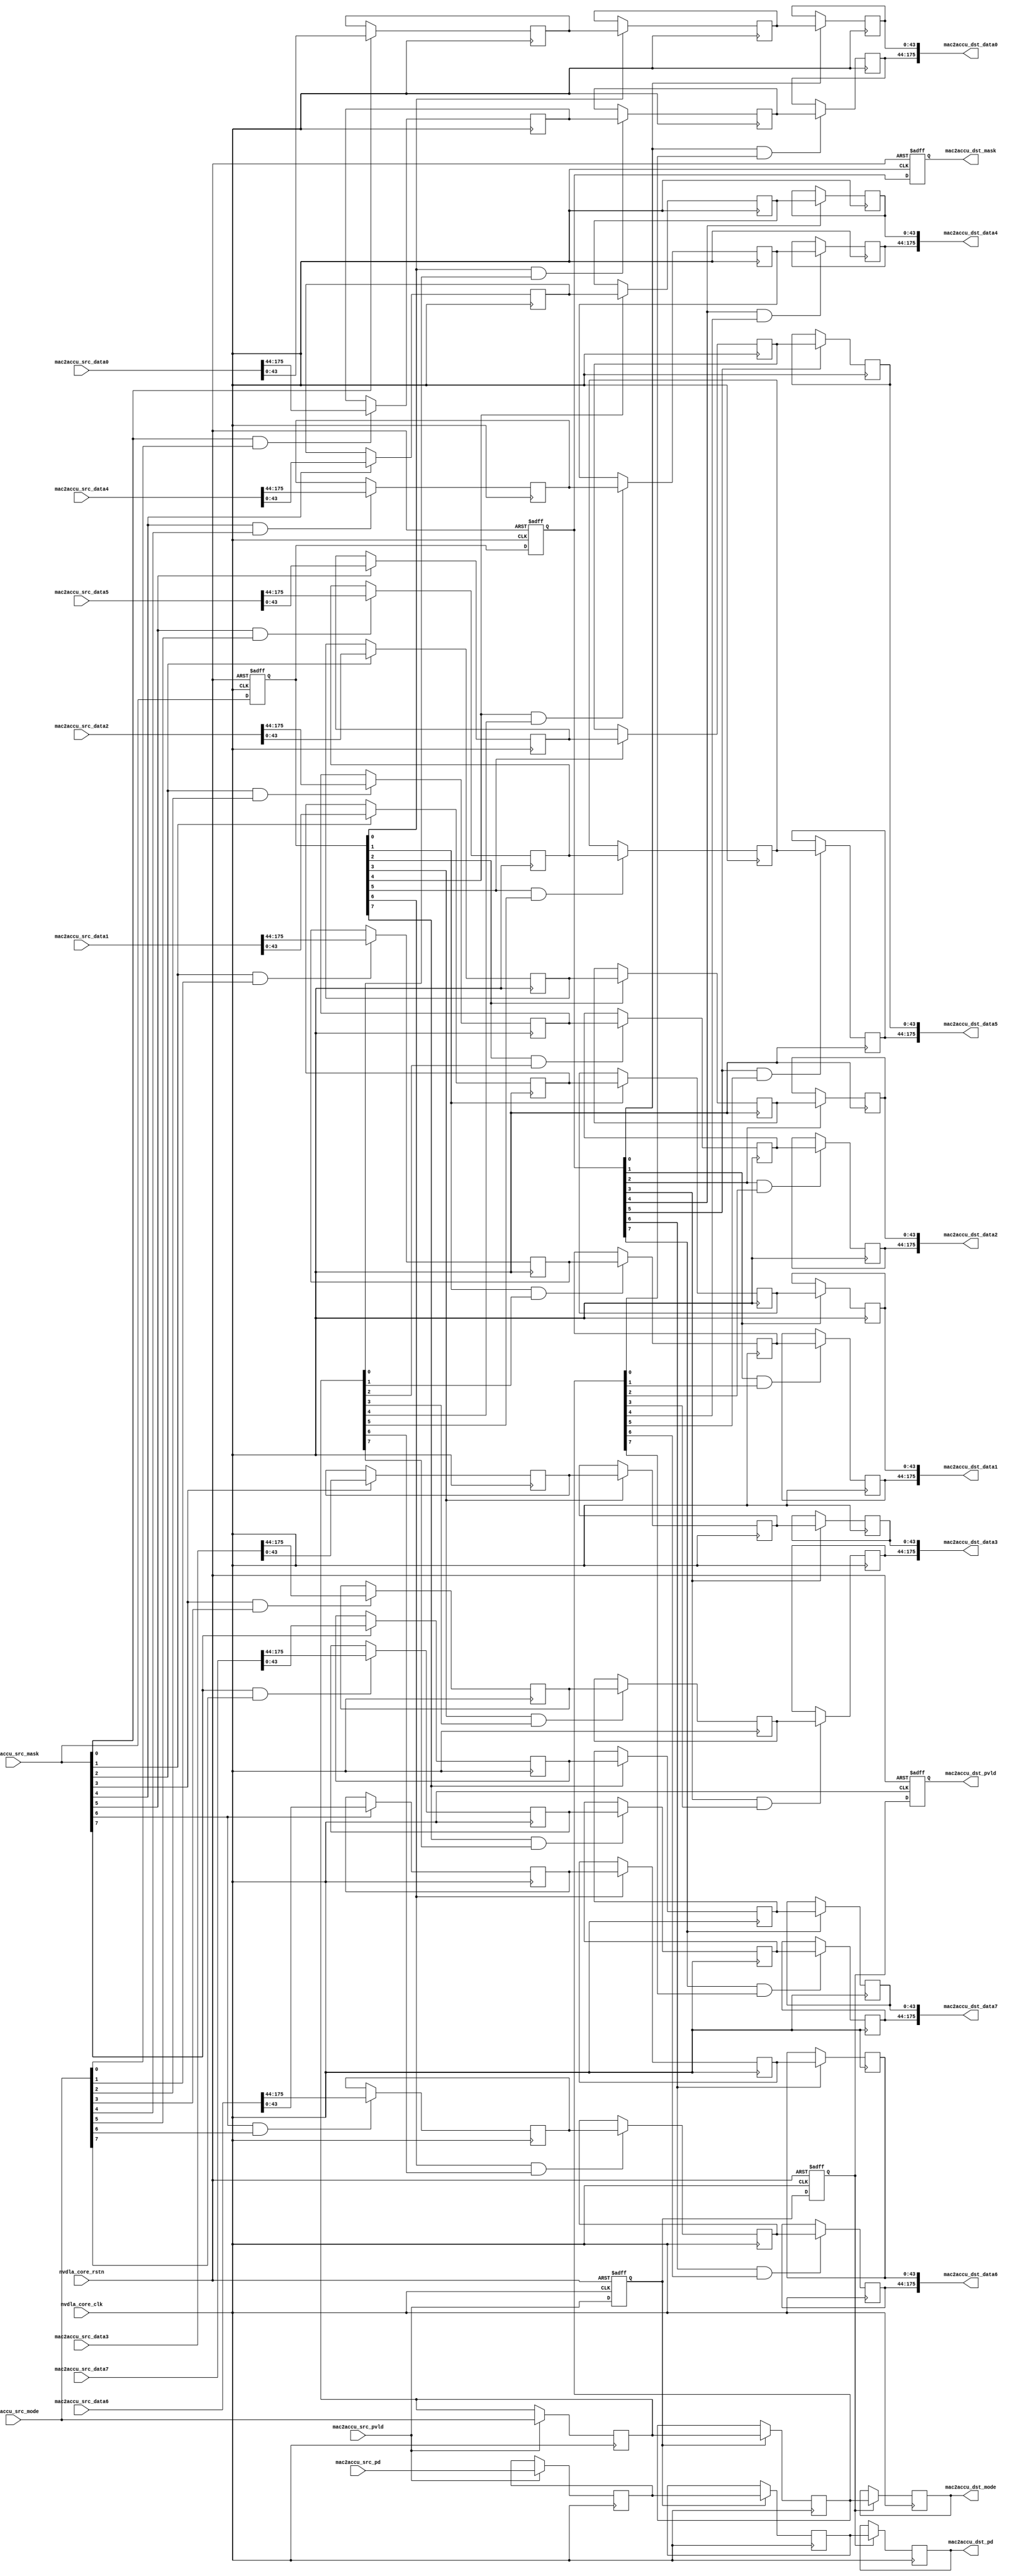
// ================================================================
// NVDLA Open Source Project
// 
// Copyright(c) 2016 - 2017 NVIDIA Corporation.  Licensed under the
// NVDLA Open Hardware License; Check "LICENSE" which comes with 
// this distribution for more information.
// ================================================================


module NV_NVDLA_RT_cmac_b2cacc (
   nvdla_core_clk
  ,nvdla_core_rstn
  ,mac2accu_src_pvld
  ,mac2accu_src_mask
  ,mac2accu_src_mode
  ,mac2accu_src_data0
  ,mac2accu_src_data1
  ,mac2accu_src_data2
  ,mac2accu_src_data3
  ,mac2accu_src_data4
  ,mac2accu_src_data5
  ,mac2accu_src_data6
  ,mac2accu_src_data7
  ,mac2accu_src_pd
  ,mac2accu_dst_pvld
  ,mac2accu_dst_mask
  ,mac2accu_dst_mode
  ,mac2accu_dst_data0
  ,mac2accu_dst_data1
  ,mac2accu_dst_data2
  ,mac2accu_dst_data3
  ,mac2accu_dst_data4
  ,mac2accu_dst_data5
  ,mac2accu_dst_data6
  ,mac2accu_dst_data7
  ,mac2accu_dst_pd
  );

//
// NV_NVDLA_RT_cmac2cacc_ports.v
// DO NOT EDIT, generated by ness version 2.0, backend=verilog
//
// Command: /home/ip/shared/inf/ness/2.0/38823533/bin/run_ispec_backend verilog nvdla_all.nessdb defs.touch-verilog -backend_opt '--nogenerate_io_capture' -backend_opt '--generate_ports'
input  nvdla_core_clk;
input  nvdla_core_rstn;

//<-- mac2accu_src clk=nvdla_core_clk flow=req_only req=mac2accu_src_pvld ctype=nvdla_mac2accu_if_t c_hdr=nvdla_mac2accu_if_iface.h
input         mac2accu_src_pvld;   /* data valid */
input   [7:0] mac2accu_src_mask;
input   [7:0] mac2accu_src_mode;
input [175:0] mac2accu_src_data0;
input [175:0] mac2accu_src_data1;
input [175:0] mac2accu_src_data2;
input [175:0] mac2accu_src_data3;
input [175:0] mac2accu_src_data4;
input [175:0] mac2accu_src_data5;
input [175:0] mac2accu_src_data6;
input [175:0] mac2accu_src_data7;
input   [8:0] mac2accu_src_pd;

output         mac2accu_dst_pvld;   /* data valid */
output   [7:0] mac2accu_dst_mask;
output   [7:0] mac2accu_dst_mode;
output [175:0] mac2accu_dst_data0;
output [175:0] mac2accu_dst_data1;
output [175:0] mac2accu_dst_data2;
output [175:0] mac2accu_dst_data3;
output [175:0] mac2accu_dst_data4;
output [175:0] mac2accu_dst_data5;
output [175:0] mac2accu_dst_data6;
output [175:0] mac2accu_dst_data7;
output   [8:0] mac2accu_dst_pd;

wire [175:0] mac2accu_data0_d0;
wire [175:0] mac2accu_data1_d0;
wire [175:0] mac2accu_data2_d0;
wire [175:0] mac2accu_data3_d0;
wire [175:0] mac2accu_data4_d0;
wire [175:0] mac2accu_data5_d0;
wire [175:0] mac2accu_data6_d0;
wire [175:0] mac2accu_data7_d0;
wire   [7:0] mac2accu_mask_d0;
wire   [7:0] mac2accu_mode_d0;
wire   [8:0] mac2accu_pd_d0;
wire         mac2accu_pvld_d0;
reg  [175:0] mac2accu_data0_d1;
reg  [175:0] mac2accu_data0_d2;
reg  [175:0] mac2accu_data0_d3;
reg  [175:0] mac2accu_data1_d1;
reg  [175:0] mac2accu_data1_d2;
reg  [175:0] mac2accu_data1_d3;
reg  [175:0] mac2accu_data2_d1;
reg  [175:0] mac2accu_data2_d2;
reg  [175:0] mac2accu_data2_d3;
reg  [175:0] mac2accu_data3_d1;
reg  [175:0] mac2accu_data3_d2;
reg  [175:0] mac2accu_data3_d3;
reg  [175:0] mac2accu_data4_d1;
reg  [175:0] mac2accu_data4_d2;
reg  [175:0] mac2accu_data4_d3;
reg  [175:0] mac2accu_data5_d1;
reg  [175:0] mac2accu_data5_d2;
reg  [175:0] mac2accu_data5_d3;
reg  [175:0] mac2accu_data6_d1;
reg  [175:0] mac2accu_data6_d2;
reg  [175:0] mac2accu_data6_d3;
reg  [175:0] mac2accu_data7_d1;
reg  [175:0] mac2accu_data7_d2;
reg  [175:0] mac2accu_data7_d3;
reg    [7:0] mac2accu_mask_d1;
reg    [7:0] mac2accu_mask_d2;
reg    [7:0] mac2accu_mask_d3;
reg    [7:0] mac2accu_mode_d1;
reg    [7:0] mac2accu_mode_d2;
reg    [7:0] mac2accu_mode_d3;
reg    [8:0] mac2accu_pd_d1;
reg    [8:0] mac2accu_pd_d2;
reg    [8:0] mac2accu_pd_d3;
reg          mac2accu_pvld_d1;
reg          mac2accu_pvld_d2;
reg          mac2accu_pvld_d3;


assign mac2accu_pvld_d0 = mac2accu_src_pvld;
assign mac2accu_pd_d0 = mac2accu_src_pd;
assign mac2accu_mask_d0 = mac2accu_src_mask;
assign mac2accu_mode_d0 = mac2accu_src_mode;
assign mac2accu_data0_d0 = mac2accu_src_data0;
assign mac2accu_data1_d0 = mac2accu_src_data1;
assign mac2accu_data2_d0 = mac2accu_src_data2;
assign mac2accu_data3_d0 = mac2accu_src_data3;
assign mac2accu_data4_d0 = mac2accu_src_data4;
assign mac2accu_data5_d0 = mac2accu_src_data5;
assign mac2accu_data6_d0 = mac2accu_src_data6;
assign mac2accu_data7_d0 = mac2accu_src_data7;




always @(posedge nvdla_core_clk or negedge nvdla_core_rstn) begin
  if (!nvdla_core_rstn) begin
    mac2accu_pvld_d1 <= 1'b0;
  end else begin
  mac2accu_pvld_d1 <= mac2accu_pvld_d0;
  end
end
always @(posedge nvdla_core_clk) begin
  if ((mac2accu_pvld_d0) == 1'b1) begin
    mac2accu_pd_d1 <= mac2accu_pd_d0;
  // VCS coverage off
  end else if ((mac2accu_pvld_d0) == 1'b0) begin
  end else begin
    mac2accu_pd_d1 <= 'bx;  // spyglass disable STARC-2.10.1.6 W443 NoWidthInBasedNum-ML -- (Constant containing x or z used, Based number `bx contains an X, Width specification missing for based number)
  // VCS coverage on
  end
end
always @(posedge nvdla_core_clk) begin
  if ((mac2accu_pvld_d0) == 1'b1) begin
    mac2accu_mode_d1 <= mac2accu_mode_d0;
  // VCS coverage off
  end else if ((mac2accu_pvld_d0) == 1'b0) begin
  end else begin
    mac2accu_mode_d1 <= 'bx;  // spyglass disable STARC-2.10.1.6 W443 NoWidthInBasedNum-ML -- (Constant containing x or z used, Based number `bx contains an X, Width specification missing for based number)
  // VCS coverage on
  end
end
always @(posedge nvdla_core_clk or negedge nvdla_core_rstn) begin
  if (!nvdla_core_rstn) begin
    mac2accu_mask_d1 <= {8{1'b0}};
  end else begin
  mac2accu_mask_d1 <= mac2accu_mask_d0;
  end
end
always @(posedge nvdla_core_clk) begin
  if ((mac2accu_mask_d0[0]) == 1'b1) begin
    mac2accu_data0_d1[43:0] <= mac2accu_data0_d0[43:0];
  // VCS coverage off
  end else if ((mac2accu_mask_d0[0]) == 1'b0) begin
  end else begin
    mac2accu_data0_d1[43:0] <= 'bx;  // spyglass disable STARC-2.10.1.6 W443 NoWidthInBasedNum-ML -- (Constant containing x or z used, Based number `bx contains an X, Width specification missing for based number)
  // VCS coverage on
  end
end
always @(posedge nvdla_core_clk) begin
  if ((mac2accu_mask_d0[0] & mac2accu_mode_d0[0]) == 1'b1) begin
    mac2accu_data0_d1[175:44] <= mac2accu_data0_d0[175:44];
  // VCS coverage off
  end else if ((mac2accu_mask_d0[0] & mac2accu_mode_d0[0]) == 1'b0) begin
  end else begin
    mac2accu_data0_d1[175:44] <= 'bx;  // spyglass disable STARC-2.10.1.6 W443 NoWidthInBasedNum-ML -- (Constant containing x or z used, Based number `bx contains an X, Width specification missing for based number)
  // VCS coverage on
  end
end
always @(posedge nvdla_core_clk) begin
  if ((mac2accu_mask_d0[1]) == 1'b1) begin
    mac2accu_data1_d1[43:0] <= mac2accu_data1_d0[43:0];
  // VCS coverage off
  end else if ((mac2accu_mask_d0[1]) == 1'b0) begin
  end else begin
    mac2accu_data1_d1[43:0] <= 'bx;  // spyglass disable STARC-2.10.1.6 W443 NoWidthInBasedNum-ML -- (Constant containing x or z used, Based number `bx contains an X, Width specification missing for based number)
  // VCS coverage on
  end
end
always @(posedge nvdla_core_clk) begin
  if ((mac2accu_mask_d0[1] & mac2accu_mode_d0[1]) == 1'b1) begin
    mac2accu_data1_d1[175:44] <= mac2accu_data1_d0[175:44];
  // VCS coverage off
  end else if ((mac2accu_mask_d0[1] & mac2accu_mode_d0[1]) == 1'b0) begin
  end else begin
    mac2accu_data1_d1[175:44] <= 'bx;  // spyglass disable STARC-2.10.1.6 W443 NoWidthInBasedNum-ML -- (Constant containing x or z used, Based number `bx contains an X, Width specification missing for based number)
  // VCS coverage on
  end
end
always @(posedge nvdla_core_clk) begin
  if ((mac2accu_mask_d0[2]) == 1'b1) begin
    mac2accu_data2_d1[43:0] <= mac2accu_data2_d0[43:0];
  // VCS coverage off
  end else if ((mac2accu_mask_d0[2]) == 1'b0) begin
  end else begin
    mac2accu_data2_d1[43:0] <= 'bx;  // spyglass disable STARC-2.10.1.6 W443 NoWidthInBasedNum-ML -- (Constant containing x or z used, Based number `bx contains an X, Width specification missing for based number)
  // VCS coverage on
  end
end
always @(posedge nvdla_core_clk) begin
  if ((mac2accu_mask_d0[2] & mac2accu_mode_d0[2]) == 1'b1) begin
    mac2accu_data2_d1[175:44] <= mac2accu_data2_d0[175:44];
  // VCS coverage off
  end else if ((mac2accu_mask_d0[2] & mac2accu_mode_d0[2]) == 1'b0) begin
  end else begin
    mac2accu_data2_d1[175:44] <= 'bx;  // spyglass disable STARC-2.10.1.6 W443 NoWidthInBasedNum-ML -- (Constant containing x or z used, Based number `bx contains an X, Width specification missing for based number)
  // VCS coverage on
  end
end
always @(posedge nvdla_core_clk) begin
  if ((mac2accu_mask_d0[3]) == 1'b1) begin
    mac2accu_data3_d1[43:0] <= mac2accu_data3_d0[43:0];
  // VCS coverage off
  end else if ((mac2accu_mask_d0[3]) == 1'b0) begin
  end else begin
    mac2accu_data3_d1[43:0] <= 'bx;  // spyglass disable STARC-2.10.1.6 W443 NoWidthInBasedNum-ML -- (Constant containing x or z used, Based number `bx contains an X, Width specification missing for based number)
  // VCS coverage on
  end
end
always @(posedge nvdla_core_clk) begin
  if ((mac2accu_mask_d0[3] & mac2accu_mode_d0[3]) == 1'b1) begin
    mac2accu_data3_d1[175:44] <= mac2accu_data3_d0[175:44];
  // VCS coverage off
  end else if ((mac2accu_mask_d0[3] & mac2accu_mode_d0[3]) == 1'b0) begin
  end else begin
    mac2accu_data3_d1[175:44] <= 'bx;  // spyglass disable STARC-2.10.1.6 W443 NoWidthInBasedNum-ML -- (Constant containing x or z used, Based number `bx contains an X, Width specification missing for based number)
  // VCS coverage on
  end
end
always @(posedge nvdla_core_clk) begin
  if ((mac2accu_mask_d0[4]) == 1'b1) begin
    mac2accu_data4_d1[43:0] <= mac2accu_data4_d0[43:0];
  // VCS coverage off
  end else if ((mac2accu_mask_d0[4]) == 1'b0) begin
  end else begin
    mac2accu_data4_d1[43:0] <= 'bx;  // spyglass disable STARC-2.10.1.6 W443 NoWidthInBasedNum-ML -- (Constant containing x or z used, Based number `bx contains an X, Width specification missing for based number)
  // VCS coverage on
  end
end
always @(posedge nvdla_core_clk) begin
  if ((mac2accu_mask_d0[4] & mac2accu_mode_d0[4]) == 1'b1) begin
    mac2accu_data4_d1[175:44] <= mac2accu_data4_d0[175:44];
  // VCS coverage off
  end else if ((mac2accu_mask_d0[4] & mac2accu_mode_d0[4]) == 1'b0) begin
  end else begin
    mac2accu_data4_d1[175:44] <= 'bx;  // spyglass disable STARC-2.10.1.6 W443 NoWidthInBasedNum-ML -- (Constant containing x or z used, Based number `bx contains an X, Width specification missing for based number)
  // VCS coverage on
  end
end
always @(posedge nvdla_core_clk) begin
  if ((mac2accu_mask_d0[5]) == 1'b1) begin
    mac2accu_data5_d1[43:0] <= mac2accu_data5_d0[43:0];
  // VCS coverage off
  end else if ((mac2accu_mask_d0[5]) == 1'b0) begin
  end else begin
    mac2accu_data5_d1[43:0] <= 'bx;  // spyglass disable STARC-2.10.1.6 W443 NoWidthInBasedNum-ML -- (Constant containing x or z used, Based number `bx contains an X, Width specification missing for based number)
  // VCS coverage on
  end
end
always @(posedge nvdla_core_clk) begin
  if ((mac2accu_mask_d0[5] & mac2accu_mode_d0[5]) == 1'b1) begin
    mac2accu_data5_d1[175:44] <= mac2accu_data5_d0[175:44];
  // VCS coverage off
  end else if ((mac2accu_mask_d0[5] & mac2accu_mode_d0[5]) == 1'b0) begin
  end else begin
    mac2accu_data5_d1[175:44] <= 'bx;  // spyglass disable STARC-2.10.1.6 W443 NoWidthInBasedNum-ML -- (Constant containing x or z used, Based number `bx contains an X, Width specification missing for based number)
  // VCS coverage on
  end
end
always @(posedge nvdla_core_clk) begin
  if ((mac2accu_mask_d0[6]) == 1'b1) begin
    mac2accu_data6_d1[43:0] <= mac2accu_data6_d0[43:0];
  // VCS coverage off
  end else if ((mac2accu_mask_d0[6]) == 1'b0) begin
  end else begin
    mac2accu_data6_d1[43:0] <= 'bx;  // spyglass disable STARC-2.10.1.6 W443 NoWidthInBasedNum-ML -- (Constant containing x or z used, Based number `bx contains an X, Width specification missing for based number)
  // VCS coverage on
  end
end
always @(posedge nvdla_core_clk) begin
  if ((mac2accu_mask_d0[6] & mac2accu_mode_d0[6]) == 1'b1) begin
    mac2accu_data6_d1[175:44] <= mac2accu_data6_d0[175:44];
  // VCS coverage off
  end else if ((mac2accu_mask_d0[6] & mac2accu_mode_d0[6]) == 1'b0) begin
  end else begin
    mac2accu_data6_d1[175:44] <= 'bx;  // spyglass disable STARC-2.10.1.6 W443 NoWidthInBasedNum-ML -- (Constant containing x or z used, Based number `bx contains an X, Width specification missing for based number)
  // VCS coverage on
  end
end
always @(posedge nvdla_core_clk) begin
  if ((mac2accu_mask_d0[7]) == 1'b1) begin
    mac2accu_data7_d1[43:0] <= mac2accu_data7_d0[43:0];
  // VCS coverage off
  end else if ((mac2accu_mask_d0[7]) == 1'b0) begin
  end else begin
    mac2accu_data7_d1[43:0] <= 'bx;  // spyglass disable STARC-2.10.1.6 W443 NoWidthInBasedNum-ML -- (Constant containing x or z used, Based number `bx contains an X, Width specification missing for based number)
  // VCS coverage on
  end
end
always @(posedge nvdla_core_clk) begin
  if ((mac2accu_mask_d0[7] & mac2accu_mode_d0[7]) == 1'b1) begin
    mac2accu_data7_d1[175:44] <= mac2accu_data7_d0[175:44];
  // VCS coverage off
  end else if ((mac2accu_mask_d0[7] & mac2accu_mode_d0[7]) == 1'b0) begin
  end else begin
    mac2accu_data7_d1[175:44] <= 'bx;  // spyglass disable STARC-2.10.1.6 W443 NoWidthInBasedNum-ML -- (Constant containing x or z used, Based number `bx contains an X, Width specification missing for based number)
  // VCS coverage on
  end
end


always @(posedge nvdla_core_clk or negedge nvdla_core_rstn) begin
  if (!nvdla_core_rstn) begin
    mac2accu_pvld_d2 <= 1'b0;
  end else begin
  mac2accu_pvld_d2 <= mac2accu_pvld_d1;
  end
end
always @(posedge nvdla_core_clk) begin
  if ((mac2accu_pvld_d1) == 1'b1) begin
    mac2accu_pd_d2 <= mac2accu_pd_d1;
  // VCS coverage off
  end else if ((mac2accu_pvld_d1) == 1'b0) begin
  end else begin
    mac2accu_pd_d2 <= 'bx;  // spyglass disable STARC-2.10.1.6 W443 NoWidthInBasedNum-ML -- (Constant containing x or z used, Based number `bx contains an X, Width specification missing for based number)
  // VCS coverage on
  end
end
always @(posedge nvdla_core_clk) begin
  if ((mac2accu_pvld_d1) == 1'b1) begin
    mac2accu_mode_d2 <= mac2accu_mode_d1;
  // VCS coverage off
  end else if ((mac2accu_pvld_d1) == 1'b0) begin
  end else begin
    mac2accu_mode_d2 <= 'bx;  // spyglass disable STARC-2.10.1.6 W443 NoWidthInBasedNum-ML -- (Constant containing x or z used, Based number `bx contains an X, Width specification missing for based number)
  // VCS coverage on
  end
end
always @(posedge nvdla_core_clk or negedge nvdla_core_rstn) begin
  if (!nvdla_core_rstn) begin
    mac2accu_mask_d2 <= {8{1'b0}};
  end else begin
  mac2accu_mask_d2 <= mac2accu_mask_d1;
  end
end
always @(posedge nvdla_core_clk) begin
  if ((mac2accu_mask_d1[0]) == 1'b1) begin
    mac2accu_data0_d2[43:0] <= mac2accu_data0_d1[43:0];
  // VCS coverage off
  end else if ((mac2accu_mask_d1[0]) == 1'b0) begin
  end else begin
    mac2accu_data0_d2[43:0] <= 'bx;  // spyglass disable STARC-2.10.1.6 W443 NoWidthInBasedNum-ML -- (Constant containing x or z used, Based number `bx contains an X, Width specification missing for based number)
  // VCS coverage on
  end
end
always @(posedge nvdla_core_clk) begin
  if ((mac2accu_mask_d1[0] & mac2accu_mode_d1[0]) == 1'b1) begin
    mac2accu_data0_d2[175:44] <= mac2accu_data0_d1[175:44];
  // VCS coverage off
  end else if ((mac2accu_mask_d1[0] & mac2accu_mode_d1[0]) == 1'b0) begin
  end else begin
    mac2accu_data0_d2[175:44] <= 'bx;  // spyglass disable STARC-2.10.1.6 W443 NoWidthInBasedNum-ML -- (Constant containing x or z used, Based number `bx contains an X, Width specification missing for based number)
  // VCS coverage on
  end
end
always @(posedge nvdla_core_clk) begin
  if ((mac2accu_mask_d1[1]) == 1'b1) begin
    mac2accu_data1_d2[43:0] <= mac2accu_data1_d1[43:0];
  // VCS coverage off
  end else if ((mac2accu_mask_d1[1]) == 1'b0) begin
  end else begin
    mac2accu_data1_d2[43:0] <= 'bx;  // spyglass disable STARC-2.10.1.6 W443 NoWidthInBasedNum-ML -- (Constant containing x or z used, Based number `bx contains an X, Width specification missing for based number)
  // VCS coverage on
  end
end
always @(posedge nvdla_core_clk) begin
  if ((mac2accu_mask_d1[1] & mac2accu_mode_d1[1]) == 1'b1) begin
    mac2accu_data1_d2[175:44] <= mac2accu_data1_d1[175:44];
  // VCS coverage off
  end else if ((mac2accu_mask_d1[1] & mac2accu_mode_d1[1]) == 1'b0) begin
  end else begin
    mac2accu_data1_d2[175:44] <= 'bx;  // spyglass disable STARC-2.10.1.6 W443 NoWidthInBasedNum-ML -- (Constant containing x or z used, Based number `bx contains an X, Width specification missing for based number)
  // VCS coverage on
  end
end
always @(posedge nvdla_core_clk) begin
  if ((mac2accu_mask_d1[2]) == 1'b1) begin
    mac2accu_data2_d2[43:0] <= mac2accu_data2_d1[43:0];
  // VCS coverage off
  end else if ((mac2accu_mask_d1[2]) == 1'b0) begin
  end else begin
    mac2accu_data2_d2[43:0] <= 'bx;  // spyglass disable STARC-2.10.1.6 W443 NoWidthInBasedNum-ML -- (Constant containing x or z used, Based number `bx contains an X, Width specification missing for based number)
  // VCS coverage on
  end
end
always @(posedge nvdla_core_clk) begin
  if ((mac2accu_mask_d1[2] & mac2accu_mode_d1[2]) == 1'b1) begin
    mac2accu_data2_d2[175:44] <= mac2accu_data2_d1[175:44];
  // VCS coverage off
  end else if ((mac2accu_mask_d1[2] & mac2accu_mode_d1[2]) == 1'b0) begin
  end else begin
    mac2accu_data2_d2[175:44] <= 'bx;  // spyglass disable STARC-2.10.1.6 W443 NoWidthInBasedNum-ML -- (Constant containing x or z used, Based number `bx contains an X, Width specification missing for based number)
  // VCS coverage on
  end
end
always @(posedge nvdla_core_clk) begin
  if ((mac2accu_mask_d1[3]) == 1'b1) begin
    mac2accu_data3_d2[43:0] <= mac2accu_data3_d1[43:0];
  // VCS coverage off
  end else if ((mac2accu_mask_d1[3]) == 1'b0) begin
  end else begin
    mac2accu_data3_d2[43:0] <= 'bx;  // spyglass disable STARC-2.10.1.6 W443 NoWidthInBasedNum-ML -- (Constant containing x or z used, Based number `bx contains an X, Width specification missing for based number)
  // VCS coverage on
  end
end
always @(posedge nvdla_core_clk) begin
  if ((mac2accu_mask_d1[3] & mac2accu_mode_d1[3]) == 1'b1) begin
    mac2accu_data3_d2[175:44] <= mac2accu_data3_d1[175:44];
  // VCS coverage off
  end else if ((mac2accu_mask_d1[3] & mac2accu_mode_d1[3]) == 1'b0) begin
  end else begin
    mac2accu_data3_d2[175:44] <= 'bx;  // spyglass disable STARC-2.10.1.6 W443 NoWidthInBasedNum-ML -- (Constant containing x or z used, Based number `bx contains an X, Width specification missing for based number)
  // VCS coverage on
  end
end
always @(posedge nvdla_core_clk) begin
  if ((mac2accu_mask_d1[4]) == 1'b1) begin
    mac2accu_data4_d2[43:0] <= mac2accu_data4_d1[43:0];
  // VCS coverage off
  end else if ((mac2accu_mask_d1[4]) == 1'b0) begin
  end else begin
    mac2accu_data4_d2[43:0] <= 'bx;  // spyglass disable STARC-2.10.1.6 W443 NoWidthInBasedNum-ML -- (Constant containing x or z used, Based number `bx contains an X, Width specification missing for based number)
  // VCS coverage on
  end
end
always @(posedge nvdla_core_clk) begin
  if ((mac2accu_mask_d1[4] & mac2accu_mode_d1[4]) == 1'b1) begin
    mac2accu_data4_d2[175:44] <= mac2accu_data4_d1[175:44];
  // VCS coverage off
  end else if ((mac2accu_mask_d1[4] & mac2accu_mode_d1[4]) == 1'b0) begin
  end else begin
    mac2accu_data4_d2[175:44] <= 'bx;  // spyglass disable STARC-2.10.1.6 W443 NoWidthInBasedNum-ML -- (Constant containing x or z used, Based number `bx contains an X, Width specification missing for based number)
  // VCS coverage on
  end
end
always @(posedge nvdla_core_clk) begin
  if ((mac2accu_mask_d1[5]) == 1'b1) begin
    mac2accu_data5_d2[43:0] <= mac2accu_data5_d1[43:0];
  // VCS coverage off
  end else if ((mac2accu_mask_d1[5]) == 1'b0) begin
  end else begin
    mac2accu_data5_d2[43:0] <= 'bx;  // spyglass disable STARC-2.10.1.6 W443 NoWidthInBasedNum-ML -- (Constant containing x or z used, Based number `bx contains an X, Width specification missing for based number)
  // VCS coverage on
  end
end
always @(posedge nvdla_core_clk) begin
  if ((mac2accu_mask_d1[5] & mac2accu_mode_d1[5]) == 1'b1) begin
    mac2accu_data5_d2[175:44] <= mac2accu_data5_d1[175:44];
  // VCS coverage off
  end else if ((mac2accu_mask_d1[5] & mac2accu_mode_d1[5]) == 1'b0) begin
  end else begin
    mac2accu_data5_d2[175:44] <= 'bx;  // spyglass disable STARC-2.10.1.6 W443 NoWidthInBasedNum-ML -- (Constant containing x or z used, Based number `bx contains an X, Width specification missing for based number)
  // VCS coverage on
  end
end
always @(posedge nvdla_core_clk) begin
  if ((mac2accu_mask_d1[6]) == 1'b1) begin
    mac2accu_data6_d2[43:0] <= mac2accu_data6_d1[43:0];
  // VCS coverage off
  end else if ((mac2accu_mask_d1[6]) == 1'b0) begin
  end else begin
    mac2accu_data6_d2[43:0] <= 'bx;  // spyglass disable STARC-2.10.1.6 W443 NoWidthInBasedNum-ML -- (Constant containing x or z used, Based number `bx contains an X, Width specification missing for based number)
  // VCS coverage on
  end
end
always @(posedge nvdla_core_clk) begin
  if ((mac2accu_mask_d1[6] & mac2accu_mode_d1[6]) == 1'b1) begin
    mac2accu_data6_d2[175:44] <= mac2accu_data6_d1[175:44];
  // VCS coverage off
  end else if ((mac2accu_mask_d1[6] & mac2accu_mode_d1[6]) == 1'b0) begin
  end else begin
    mac2accu_data6_d2[175:44] <= 'bx;  // spyglass disable STARC-2.10.1.6 W443 NoWidthInBasedNum-ML -- (Constant containing x or z used, Based number `bx contains an X, Width specification missing for based number)
  // VCS coverage on
  end
end
always @(posedge nvdla_core_clk) begin
  if ((mac2accu_mask_d1[7]) == 1'b1) begin
    mac2accu_data7_d2[43:0] <= mac2accu_data7_d1[43:0];
  // VCS coverage off
  end else if ((mac2accu_mask_d1[7]) == 1'b0) begin
  end else begin
    mac2accu_data7_d2[43:0] <= 'bx;  // spyglass disable STARC-2.10.1.6 W443 NoWidthInBasedNum-ML -- (Constant containing x or z used, Based number `bx contains an X, Width specification missing for based number)
  // VCS coverage on
  end
end
always @(posedge nvdla_core_clk) begin
  if ((mac2accu_mask_d1[7] & mac2accu_mode_d1[7]) == 1'b1) begin
    mac2accu_data7_d2[175:44] <= mac2accu_data7_d1[175:44];
  // VCS coverage off
  end else if ((mac2accu_mask_d1[7] & mac2accu_mode_d1[7]) == 1'b0) begin
  end else begin
    mac2accu_data7_d2[175:44] <= 'bx;  // spyglass disable STARC-2.10.1.6 W443 NoWidthInBasedNum-ML -- (Constant containing x or z used, Based number `bx contains an X, Width specification missing for based number)
  // VCS coverage on
  end
end


always @(posedge nvdla_core_clk or negedge nvdla_core_rstn) begin
  if (!nvdla_core_rstn) begin
    mac2accu_pvld_d3 <= 1'b0;
  end else begin
  mac2accu_pvld_d3 <= mac2accu_pvld_d2;
  end
end
always @(posedge nvdla_core_clk) begin
  if ((mac2accu_pvld_d2) == 1'b1) begin
    mac2accu_pd_d3 <= mac2accu_pd_d2;
  // VCS coverage off
  end else if ((mac2accu_pvld_d2) == 1'b0) begin
  end else begin
    mac2accu_pd_d3 <= 'bx;  // spyglass disable STARC-2.10.1.6 W443 NoWidthInBasedNum-ML -- (Constant containing x or z used, Based number `bx contains an X, Width specification missing for based number)
  // VCS coverage on
  end
end
always @(posedge nvdla_core_clk) begin
  if ((mac2accu_pvld_d2) == 1'b1) begin
    mac2accu_mode_d3 <= mac2accu_mode_d2;
  // VCS coverage off
  end else if ((mac2accu_pvld_d2) == 1'b0) begin
  end else begin
    mac2accu_mode_d3 <= 'bx;  // spyglass disable STARC-2.10.1.6 W443 NoWidthInBasedNum-ML -- (Constant containing x or z used, Based number `bx contains an X, Width specification missing for based number)
  // VCS coverage on
  end
end
always @(posedge nvdla_core_clk or negedge nvdla_core_rstn) begin
  if (!nvdla_core_rstn) begin
    mac2accu_mask_d3 <= {8{1'b0}};
  end else begin
  mac2accu_mask_d3 <= mac2accu_mask_d2;
  end
end
always @(posedge nvdla_core_clk) begin
  if ((mac2accu_mask_d2[0]) == 1'b1) begin
    mac2accu_data0_d3[43:0] <= mac2accu_data0_d2[43:0];
  // VCS coverage off
  end else if ((mac2accu_mask_d2[0]) == 1'b0) begin
  end else begin
    mac2accu_data0_d3[43:0] <= 'bx;  // spyglass disable STARC-2.10.1.6 W443 NoWidthInBasedNum-ML -- (Constant containing x or z used, Based number `bx contains an X, Width specification missing for based number)
  // VCS coverage on
  end
end
always @(posedge nvdla_core_clk) begin
  if ((mac2accu_mask_d2[0] & mac2accu_mode_d2[0]) == 1'b1) begin
    mac2accu_data0_d3[175:44] <= mac2accu_data0_d2[175:44];
  // VCS coverage off
  end else if ((mac2accu_mask_d2[0] & mac2accu_mode_d2[0]) == 1'b0) begin
  end else begin
    mac2accu_data0_d3[175:44] <= 'bx;  // spyglass disable STARC-2.10.1.6 W443 NoWidthInBasedNum-ML -- (Constant containing x or z used, Based number `bx contains an X, Width specification missing for based number)
  // VCS coverage on
  end
end
always @(posedge nvdla_core_clk) begin
  if ((mac2accu_mask_d2[1]) == 1'b1) begin
    mac2accu_data1_d3[43:0] <= mac2accu_data1_d2[43:0];
  // VCS coverage off
  end else if ((mac2accu_mask_d2[1]) == 1'b0) begin
  end else begin
    mac2accu_data1_d3[43:0] <= 'bx;  // spyglass disable STARC-2.10.1.6 W443 NoWidthInBasedNum-ML -- (Constant containing x or z used, Based number `bx contains an X, Width specification missing for based number)
  // VCS coverage on
  end
end
always @(posedge nvdla_core_clk) begin
  if ((mac2accu_mask_d2[1] & mac2accu_mode_d2[1]) == 1'b1) begin
    mac2accu_data1_d3[175:44] <= mac2accu_data1_d2[175:44];
  // VCS coverage off
  end else if ((mac2accu_mask_d2[1] & mac2accu_mode_d2[1]) == 1'b0) begin
  end else begin
    mac2accu_data1_d3[175:44] <= 'bx;  // spyglass disable STARC-2.10.1.6 W443 NoWidthInBasedNum-ML -- (Constant containing x or z used, Based number `bx contains an X, Width specification missing for based number)
  // VCS coverage on
  end
end
always @(posedge nvdla_core_clk) begin
  if ((mac2accu_mask_d2[2]) == 1'b1) begin
    mac2accu_data2_d3[43:0] <= mac2accu_data2_d2[43:0];
  // VCS coverage off
  end else if ((mac2accu_mask_d2[2]) == 1'b0) begin
  end else begin
    mac2accu_data2_d3[43:0] <= 'bx;  // spyglass disable STARC-2.10.1.6 W443 NoWidthInBasedNum-ML -- (Constant containing x or z used, Based number `bx contains an X, Width specification missing for based number)
  // VCS coverage on
  end
end
always @(posedge nvdla_core_clk) begin
  if ((mac2accu_mask_d2[2] & mac2accu_mode_d2[2]) == 1'b1) begin
    mac2accu_data2_d3[175:44] <= mac2accu_data2_d2[175:44];
  // VCS coverage off
  end else if ((mac2accu_mask_d2[2] & mac2accu_mode_d2[2]) == 1'b0) begin
  end else begin
    mac2accu_data2_d3[175:44] <= 'bx;  // spyglass disable STARC-2.10.1.6 W443 NoWidthInBasedNum-ML -- (Constant containing x or z used, Based number `bx contains an X, Width specification missing for based number)
  // VCS coverage on
  end
end
always @(posedge nvdla_core_clk) begin
  if ((mac2accu_mask_d2[3]) == 1'b1) begin
    mac2accu_data3_d3[43:0] <= mac2accu_data3_d2[43:0];
  // VCS coverage off
  end else if ((mac2accu_mask_d2[3]) == 1'b0) begin
  end else begin
    mac2accu_data3_d3[43:0] <= 'bx;  // spyglass disable STARC-2.10.1.6 W443 NoWidthInBasedNum-ML -- (Constant containing x or z used, Based number `bx contains an X, Width specification missing for based number)
  // VCS coverage on
  end
end
always @(posedge nvdla_core_clk) begin
  if ((mac2accu_mask_d2[3] & mac2accu_mode_d2[3]) == 1'b1) begin
    mac2accu_data3_d3[175:44] <= mac2accu_data3_d2[175:44];
  // VCS coverage off
  end else if ((mac2accu_mask_d2[3] & mac2accu_mode_d2[3]) == 1'b0) begin
  end else begin
    mac2accu_data3_d3[175:44] <= 'bx;  // spyglass disable STARC-2.10.1.6 W443 NoWidthInBasedNum-ML -- (Constant containing x or z used, Based number `bx contains an X, Width specification missing for based number)
  // VCS coverage on
  end
end
always @(posedge nvdla_core_clk) begin
  if ((mac2accu_mask_d2[4]) == 1'b1) begin
    mac2accu_data4_d3[43:0] <= mac2accu_data4_d2[43:0];
  // VCS coverage off
  end else if ((mac2accu_mask_d2[4]) == 1'b0) begin
  end else begin
    mac2accu_data4_d3[43:0] <= 'bx;  // spyglass disable STARC-2.10.1.6 W443 NoWidthInBasedNum-ML -- (Constant containing x or z used, Based number `bx contains an X, Width specification missing for based number)
  // VCS coverage on
  end
end
always @(posedge nvdla_core_clk) begin
  if ((mac2accu_mask_d2[4] & mac2accu_mode_d2[4]) == 1'b1) begin
    mac2accu_data4_d3[175:44] <= mac2accu_data4_d2[175:44];
  // VCS coverage off
  end else if ((mac2accu_mask_d2[4] & mac2accu_mode_d2[4]) == 1'b0) begin
  end else begin
    mac2accu_data4_d3[175:44] <= 'bx;  // spyglass disable STARC-2.10.1.6 W443 NoWidthInBasedNum-ML -- (Constant containing x or z used, Based number `bx contains an X, Width specification missing for based number)
  // VCS coverage on
  end
end
always @(posedge nvdla_core_clk) begin
  if ((mac2accu_mask_d2[5]) == 1'b1) begin
    mac2accu_data5_d3[43:0] <= mac2accu_data5_d2[43:0];
  // VCS coverage off
  end else if ((mac2accu_mask_d2[5]) == 1'b0) begin
  end else begin
    mac2accu_data5_d3[43:0] <= 'bx;  // spyglass disable STARC-2.10.1.6 W443 NoWidthInBasedNum-ML -- (Constant containing x or z used, Based number `bx contains an X, Width specification missing for based number)
  // VCS coverage on
  end
end
always @(posedge nvdla_core_clk) begin
  if ((mac2accu_mask_d2[5] & mac2accu_mode_d2[5]) == 1'b1) begin
    mac2accu_data5_d3[175:44] <= mac2accu_data5_d2[175:44];
  // VCS coverage off
  end else if ((mac2accu_mask_d2[5] & mac2accu_mode_d2[5]) == 1'b0) begin
  end else begin
    mac2accu_data5_d3[175:44] <= 'bx;  // spyglass disable STARC-2.10.1.6 W443 NoWidthInBasedNum-ML -- (Constant containing x or z used, Based number `bx contains an X, Width specification missing for based number)
  // VCS coverage on
  end
end
always @(posedge nvdla_core_clk) begin
  if ((mac2accu_mask_d2[6]) == 1'b1) begin
    mac2accu_data6_d3[43:0] <= mac2accu_data6_d2[43:0];
  // VCS coverage off
  end else if ((mac2accu_mask_d2[6]) == 1'b0) begin
  end else begin
    mac2accu_data6_d3[43:0] <= 'bx;  // spyglass disable STARC-2.10.1.6 W443 NoWidthInBasedNum-ML -- (Constant containing x or z used, Based number `bx contains an X, Width specification missing for based number)
  // VCS coverage on
  end
end
always @(posedge nvdla_core_clk) begin
  if ((mac2accu_mask_d2[6] & mac2accu_mode_d2[6]) == 1'b1) begin
    mac2accu_data6_d3[175:44] <= mac2accu_data6_d2[175:44];
  // VCS coverage off
  end else if ((mac2accu_mask_d2[6] & mac2accu_mode_d2[6]) == 1'b0) begin
  end else begin
    mac2accu_data6_d3[175:44] <= 'bx;  // spyglass disable STARC-2.10.1.6 W443 NoWidthInBasedNum-ML -- (Constant containing x or z used, Based number `bx contains an X, Width specification missing for based number)
  // VCS coverage on
  end
end
always @(posedge nvdla_core_clk) begin
  if ((mac2accu_mask_d2[7]) == 1'b1) begin
    mac2accu_data7_d3[43:0] <= mac2accu_data7_d2[43:0];
  // VCS coverage off
  end else if ((mac2accu_mask_d2[7]) == 1'b0) begin
  end else begin
    mac2accu_data7_d3[43:0] <= 'bx;  // spyglass disable STARC-2.10.1.6 W443 NoWidthInBasedNum-ML -- (Constant containing x or z used, Based number `bx contains an X, Width specification missing for based number)
  // VCS coverage on
  end
end
always @(posedge nvdla_core_clk) begin
  if ((mac2accu_mask_d2[7] & mac2accu_mode_d2[7]) == 1'b1) begin
    mac2accu_data7_d3[175:44] <= mac2accu_data7_d2[175:44];
  // VCS coverage off
  end else if ((mac2accu_mask_d2[7] & mac2accu_mode_d2[7]) == 1'b0) begin
  end else begin
    mac2accu_data7_d3[175:44] <= 'bx;  // spyglass disable STARC-2.10.1.6 W443 NoWidthInBasedNum-ML -- (Constant containing x or z used, Based number `bx contains an X, Width specification missing for based number)
  // VCS coverage on
  end
end






assign mac2accu_dst_pvld = mac2accu_pvld_d3;
assign mac2accu_dst_pd = mac2accu_pd_d3;
assign mac2accu_dst_mask = mac2accu_mask_d3;
assign mac2accu_dst_mode = mac2accu_mode_d3;
assign mac2accu_dst_data0 = mac2accu_data0_d3;
assign mac2accu_dst_data1 = mac2accu_data1_d3;
assign mac2accu_dst_data2 = mac2accu_data2_d3;
assign mac2accu_dst_data3 = mac2accu_data3_d3;
assign mac2accu_dst_data4 = mac2accu_data4_d3;
assign mac2accu_dst_data5 = mac2accu_data5_d3;
assign mac2accu_dst_data6 = mac2accu_data6_d3;
assign mac2accu_dst_data7 = mac2accu_data7_d3;





endmodule // NV_NVDLA_RT_cmac_b2cacc